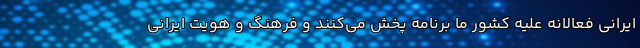
ایرانی فعالانه علیه کشور ما برنامه پخش می‌کنند و فرهنگ و هویت ایرانی